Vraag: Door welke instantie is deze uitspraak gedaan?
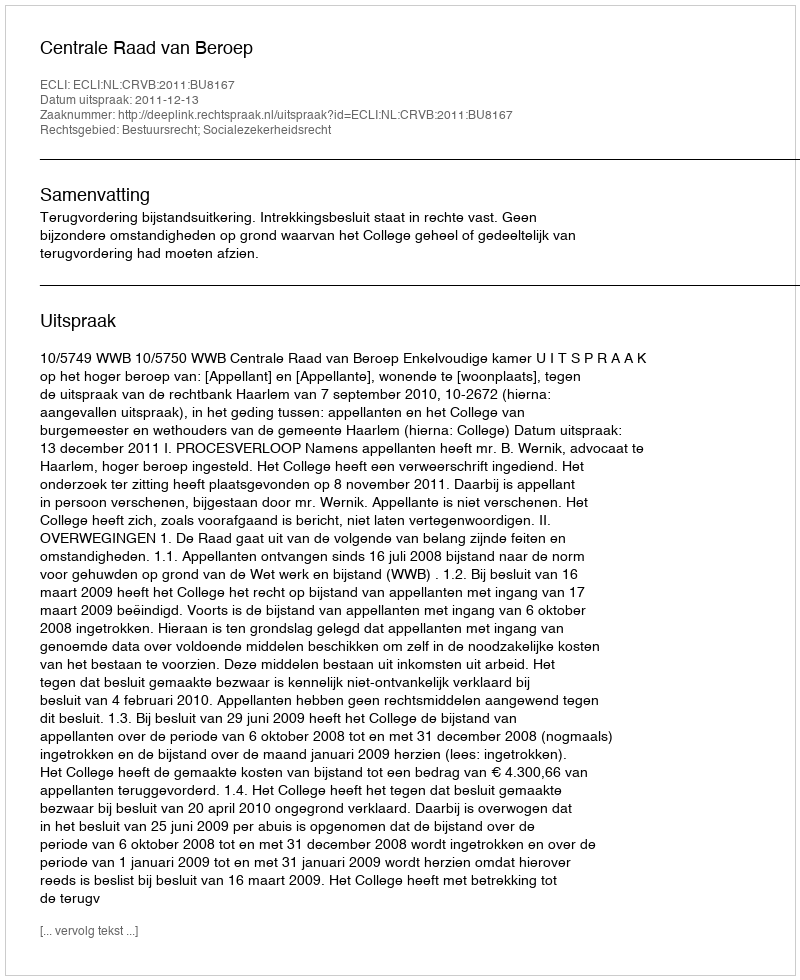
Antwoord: Centrale Raad van Beroep